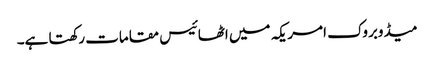
میڈوبروک امریکہ میں اٹھائیس مقامات رکھتا ہے۔